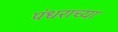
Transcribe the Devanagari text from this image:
पंधराच्या